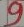
Text: 9